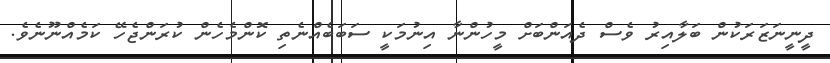
ދީނީނަޒަރަކުން ބަލާއިރު ވެސް ދެއަންބަށް މީހުންނާ އިނުމަކީ ސަބަބެއްނެތި ކޮންމެހެން ކުރަންޖެހޭ ކަމެއްނޫނެވެ.